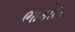
ભાકોદર